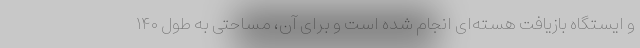
و ایستگاه بازیافت هسته‌ای انجام شده است و برای آن، مساحتی به طول ۱۴۰